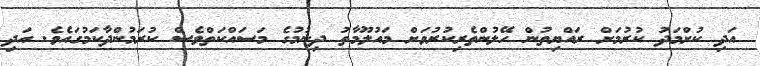
އަދި ކުށްމަދު ކުރުމަށް ރައްޔިތުން ހޭލުންތެރިކުރުވަށް މައުލޫމާތު ދިނުމުގެ މަސައްކަތްވެސް ކުރަމުންދާކަމުގައެވެ. އަދި